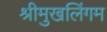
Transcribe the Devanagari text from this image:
श्रीमुखलिंगम